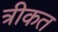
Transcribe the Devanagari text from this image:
त्रीकत